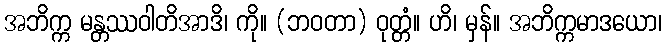
အဘိက္က မန္တဿဝါတိအာဒိ၊ ကို။ (ဘဝတာ) ဝုတ္တံ။ ဟိ၊ မှန်။ အဘိက္ကမာဒယော၊